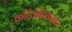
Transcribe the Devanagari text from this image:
काँट्रेइंडिकेशन